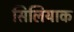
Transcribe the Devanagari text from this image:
सिलियाक